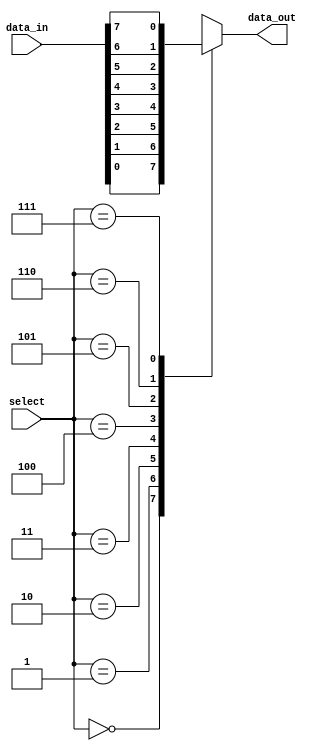
module mux8to1 (
    input [7:0] data_in,
    input [2:0] select,
    output reg data_out
);

always @* begin
    case (select)
        3'b000: data_out = data_in[0];
        3'b001: data_out = data_in[1];
        3'b010: data_out = data_in[2];
        3'b011: data_out = data_in[3];
        3'b100: data_out = data_in[4];
        3'b101: data_out = data_in[5];
        3'b110: data_out = data_in[6];
        3'b111: data_out = data_in[7];
        default: data_out = 1'bx; //unknown state
    endcase
end

endmodule